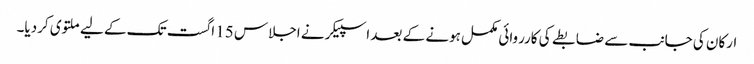
ارکان کی جانب سے ضابطے کی کارروائی مکمل ہونے کے بعد اسپیکر نے اجلاس 15 اگست تک کے لیے ملتوی کردیا۔